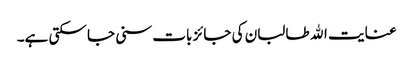
عنایت الله طالبان کی جائز بات سنی جا سکتی ہے۔